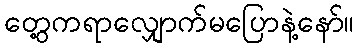
တွေ့ကရာလျှောက်မပြောနဲ့နော်။